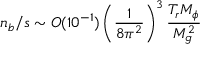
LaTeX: n _ { b } / s \sim { \cal O } ( 1 0 ^ { - 1 } ) \left( \frac { 1 } { 8 \pi ^ { 2 } } \right) ^ { 3 } \frac { T _ { r } M _ { \phi } } { M _ { g } ^ { 2 } }